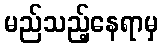
မည်သည့်နေရာမှ